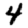
Digit: 4